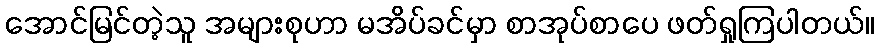
အောင်မြင်တဲ့သူ အများစုဟာ မအိပ်ခင်မှာ စာအုပ်စာပေ ဖတ်ရှုကြပါတယ်။